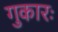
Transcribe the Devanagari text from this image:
गुकारः